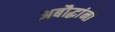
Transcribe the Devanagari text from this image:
अबौद्धांनी